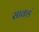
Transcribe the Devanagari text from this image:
साकडं